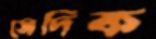
সেদিক